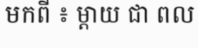
មកពី ៖ ម្តាយ ជា ពល